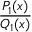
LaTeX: \frac { P _ { 1 } ( x ) } { Q _ { 1 } ( x ) }